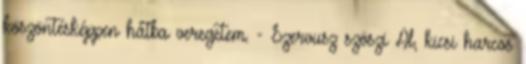
köszöntésképpen hátba veregetem. - Szervusz szöszi Al, kicsi harcos